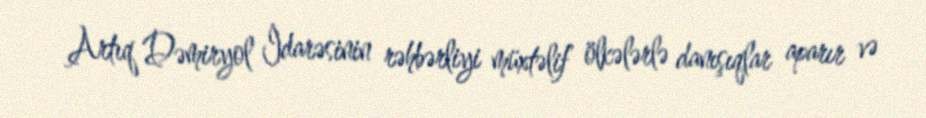
Artıq Dəmiryol İdarəsinin rəhbərliyi müxtəlif ölkələrlə danışıqlar aparır və